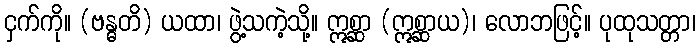
ငှက်ကို။ (ဗန္ဓတိ) ယထာ၊ ဖွဲ့သကဲ့သို့။ ဣစ္ဆာ (ဣစ္ဆာယ)၊ လောဘဖြင့်။ ပုထုသတ္တာ၊